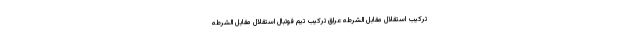
ترکیب استقلال مقابل الشرطه عراق ترکیب تیم فوتبال استقلال مقابل الشرطه